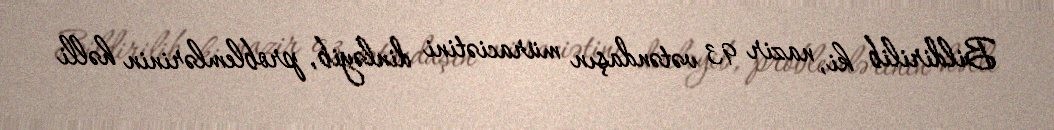
Bildirilib ki, nazir 93 vətəndaşın müraciətini dinləyib, problemlərinin həlli